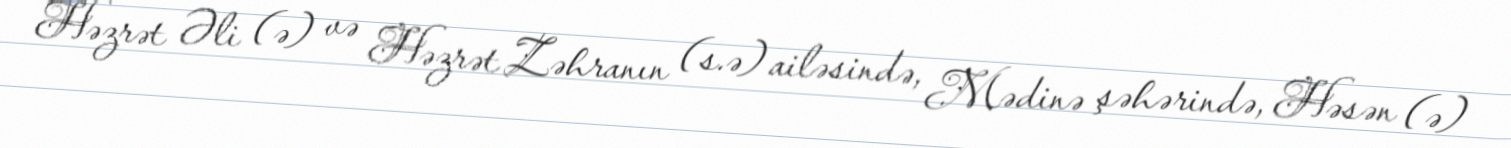
Həzrət Əli (ə) və Həzrət Zəhranın (s.ə) ailəsində, Mədinə şəhərində, Həsən (ə)